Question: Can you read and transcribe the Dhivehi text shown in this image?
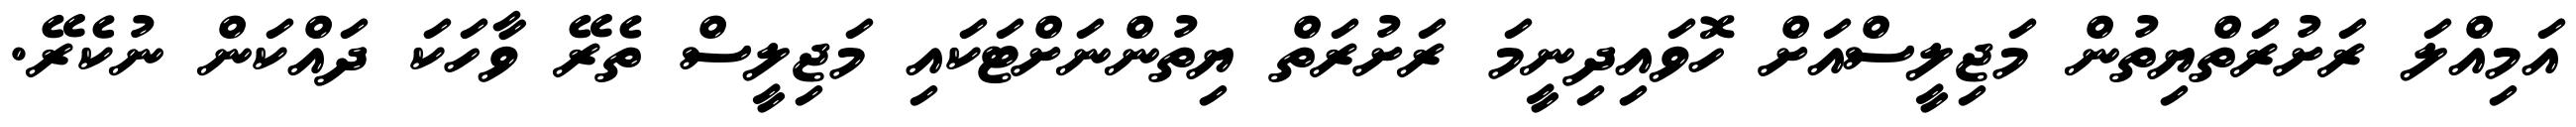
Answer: އަމިއްލަ ރަށުރަތްޔިތުން މަޖިލީސްއަށް ހޮވައިދިނީމަ ރަށުރަތް ޔިތުންނަށްޓަކައި މަޖިލީސް ތެރޭ ވާހަކަ ދައްކަން ނުކެރޭ.